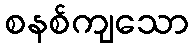
စနစ်ကျသော